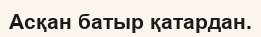
Асқан батыр қатардан.